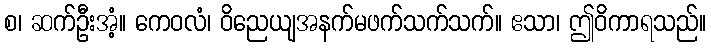
စ၊ ဆက်ဦးအံ့။ ကေဝလံ၊ ဝိညေယျအနက်မဖက်သက်သက်။ ဧသာ၊ ဤဝိကာရသည်။